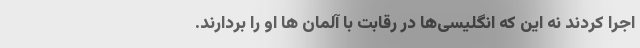
اجرا کردند نه این که انگلیسی‌ها در رقابت با آلمان ها او را بردارند.